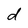
Character: d